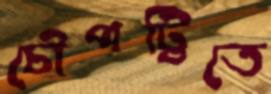
চৌপট্টিতে